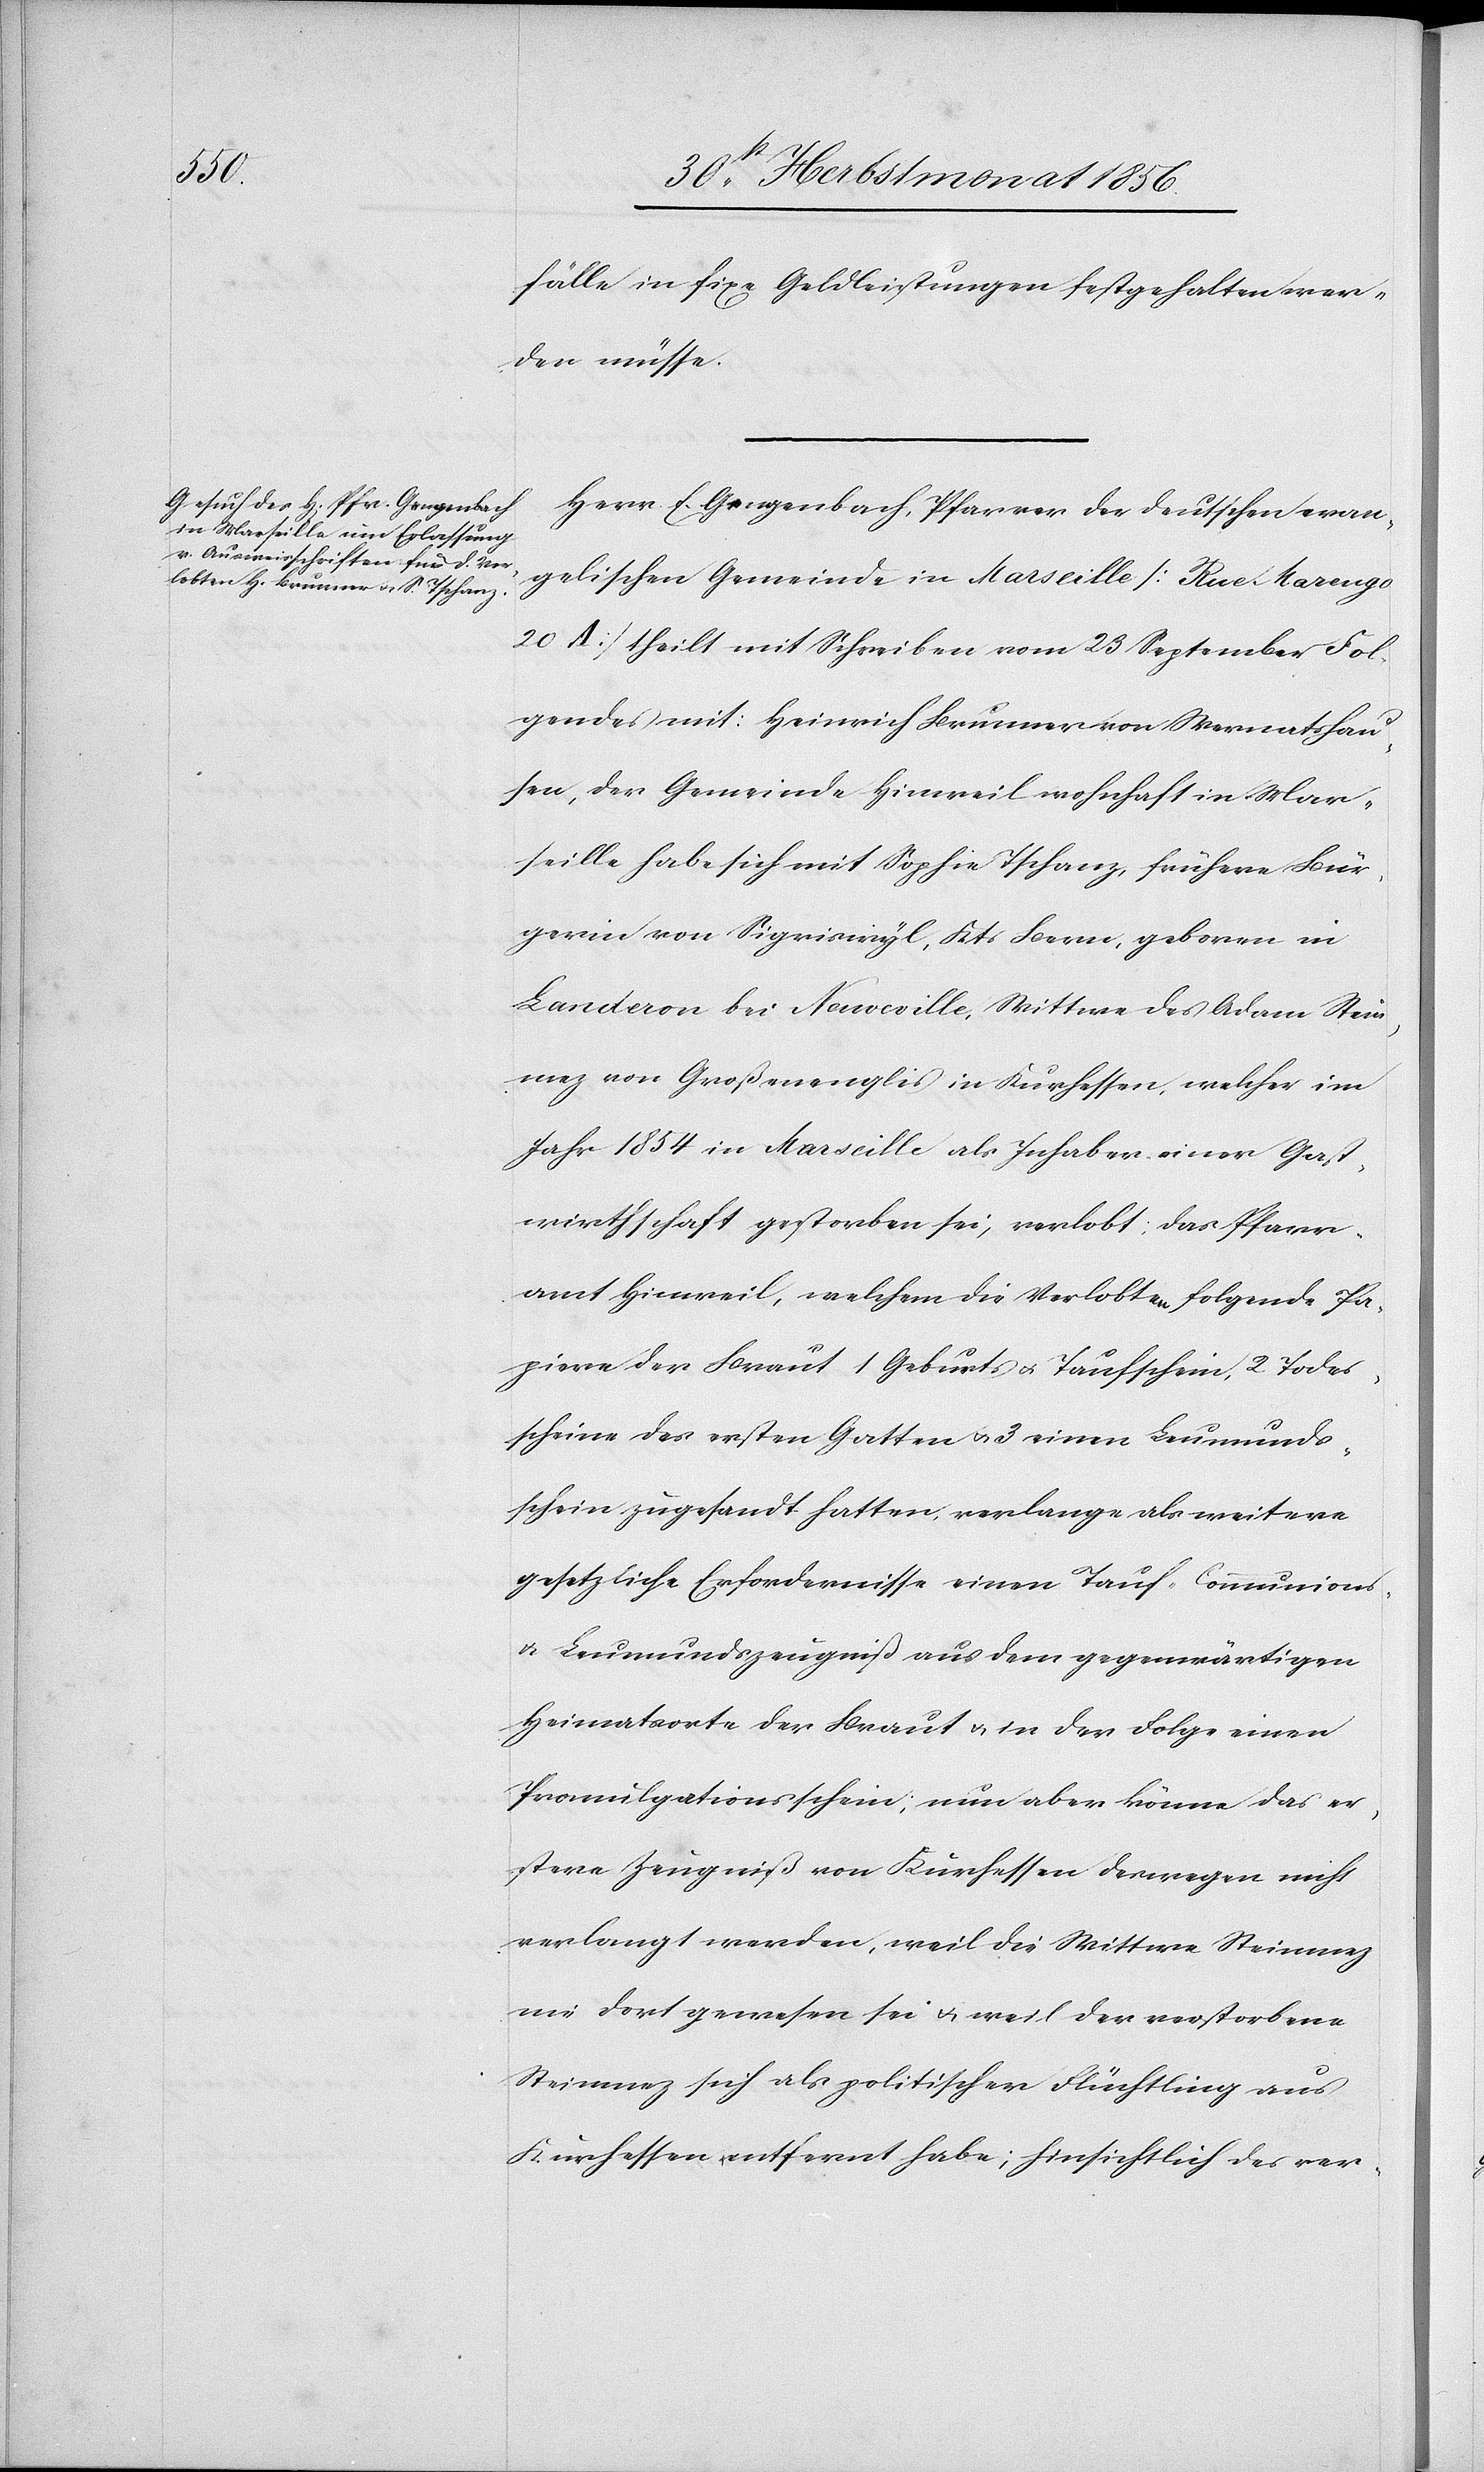
fälle in fixe Geldleistungen festgehalten wer¬
den müsse.
Herr E. Gengenbach, Pfarrer der deutschen evan¬
gelischen Gemeinde in Marseille [Rue Marengo
20 A] theilt mit Schreiben vom 23 September Fol¬
gendes mit: Heinrich Brunner von Wernatshau¬
sen, der Gemeinde Hinweil wohnhaft in Mar¬
seille habe sich mit Sophie Tschanz, frühere Bür¬
gerin von Sigriswyl, Kts Bern, geboren in
Landeron bei Neuveville, Wittwe des Adam Stei¬
nmez von Großenenglis in Kurhessen, welcher im
Jahr 1854 in Marseille als Inhaber einer Gast¬
wirthschaft gestorben sei, verlobt; das Pfarr¬
amt Hinweil, welchem die Verlobten folgende Pa¬
piere der Braut 1[)] Geburts[-] u. Taufschein, 2[)] Todes¬
scheine des ersten Gatten u 3[)] einen Leumunds¬
schein zugesandt hatten, verlange als weitere
gesetzliche Erfordernisse einen Tauf-[,] Communions-
u. Leumundszeugniß aus dem gegenwärtigen
Heimatsorte der Braut u. in der Folge einen
Promulgationsschein; nun aber könne das er¬
stere Zeugniß von Kurhessen deswegen nicht
verlangt werden, weil die Wittwe Steinmez
nie dort gewesen sei u. weil der verstorbene
Steinmez sich als politischer Flüchtling aus
Kurhessen entfernt habe; hinsichtlich des ver-